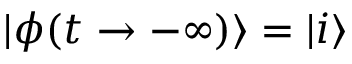
| \phi ( t \to - \infty ) \rangle = | i \rangle